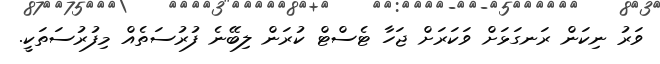
ވަރު ނިކަން ރަނގަޅަށް ވަކަރަށް ޖަހާ ޓެސްޓް ކުރަން ލިބޭނެ ފުރުސަތެއް މިފުރުސަތަކީ.